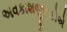
અવકાશજીવકોએ